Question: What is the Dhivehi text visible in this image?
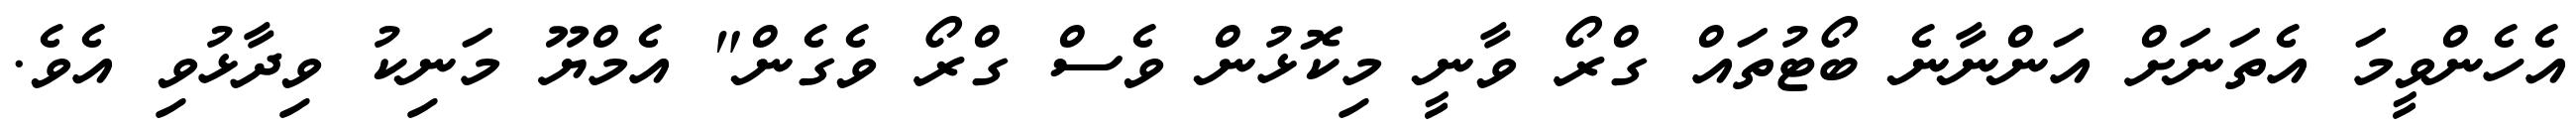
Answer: އެހެންވީމަ އެތަނަށް އަންނާނެ ބޯޓުތައް ގްރޯ ވާނީ މިކޮޅުން ވެސް ގްރޯ ވެގެން" އެމްޔޫ މަނިކު ވިދާޅުވި އެވެ.